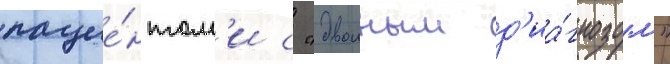
пацие́нтам'и с "двоиным д'иа́гнозом"